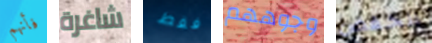
فأنهم شاغرة فقط وجوههم انخفض